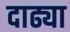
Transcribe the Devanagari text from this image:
दाढ्या